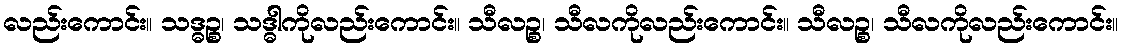
လည်းကောင်း။ သဒ္ဓဉ္စ၊ သဒ္ဓါကိုလည်းကောင်း။ သီလဉ္စ၊ သီလကိုလည်းကောင်း။ သီလဉ္စ၊ သီလကိုလည်းကောင်း။